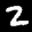
Label: 2